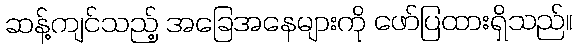
ဆန့်ကျင်သည့် အခြေအနေများကို ဖော်ပြထားရှိသည်။